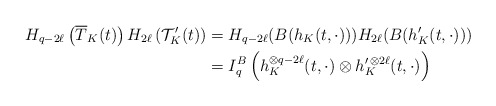
\begin{align*}H_{q-2\ell}\left(\overline{T}_K(t)\right)H_{2\ell}\left(\mathcal {T}^{\prime}_K(t)\right)&=H_{q-2\ell}(B(h_K(t,\cdot)))H_{2\ell}(B(h^\prime_K(t,\cdot)))\\&=I^B_q\left(h^{\otimes q-2\ell}_K(t,\cdot)\otimes h^{\prime\,\otimes 2\ell}_K(t,\cdot)\right)\end{align*}